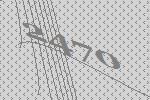
2470